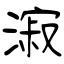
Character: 漃